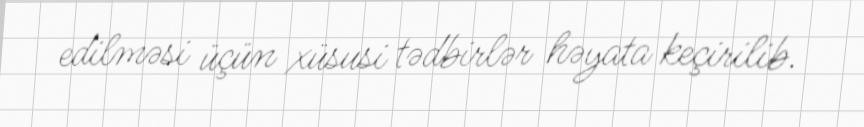
edilməsi üçün xüsusi tədbirlər həyata keçirilib.